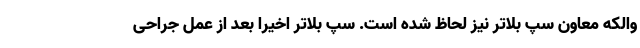
والکه معاون سپ بلاتر نیز لحاظ شده است. سپ بلاتر اخیرا بعد از عمل جراحی